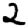
Digit: 2